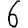
Digit: 6